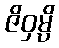
ဇိဝှမ္ပိ